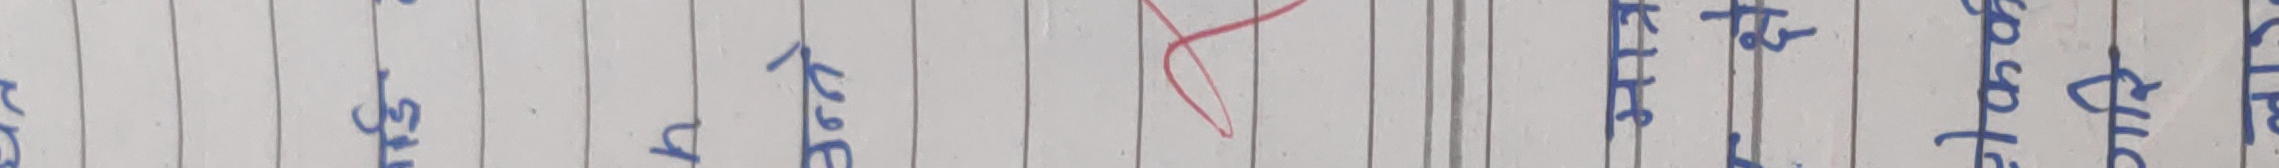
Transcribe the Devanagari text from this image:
उति नै